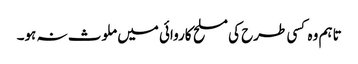
تاہم وہ کسی طرح کی مسلح کاروائی میں ملوث نہ ہو۔